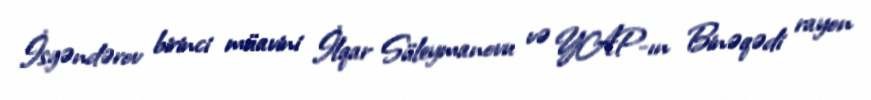
İsgəndərov birinci müavini İlqar Süleymanovu və YAP-ın Binəqədi rayon